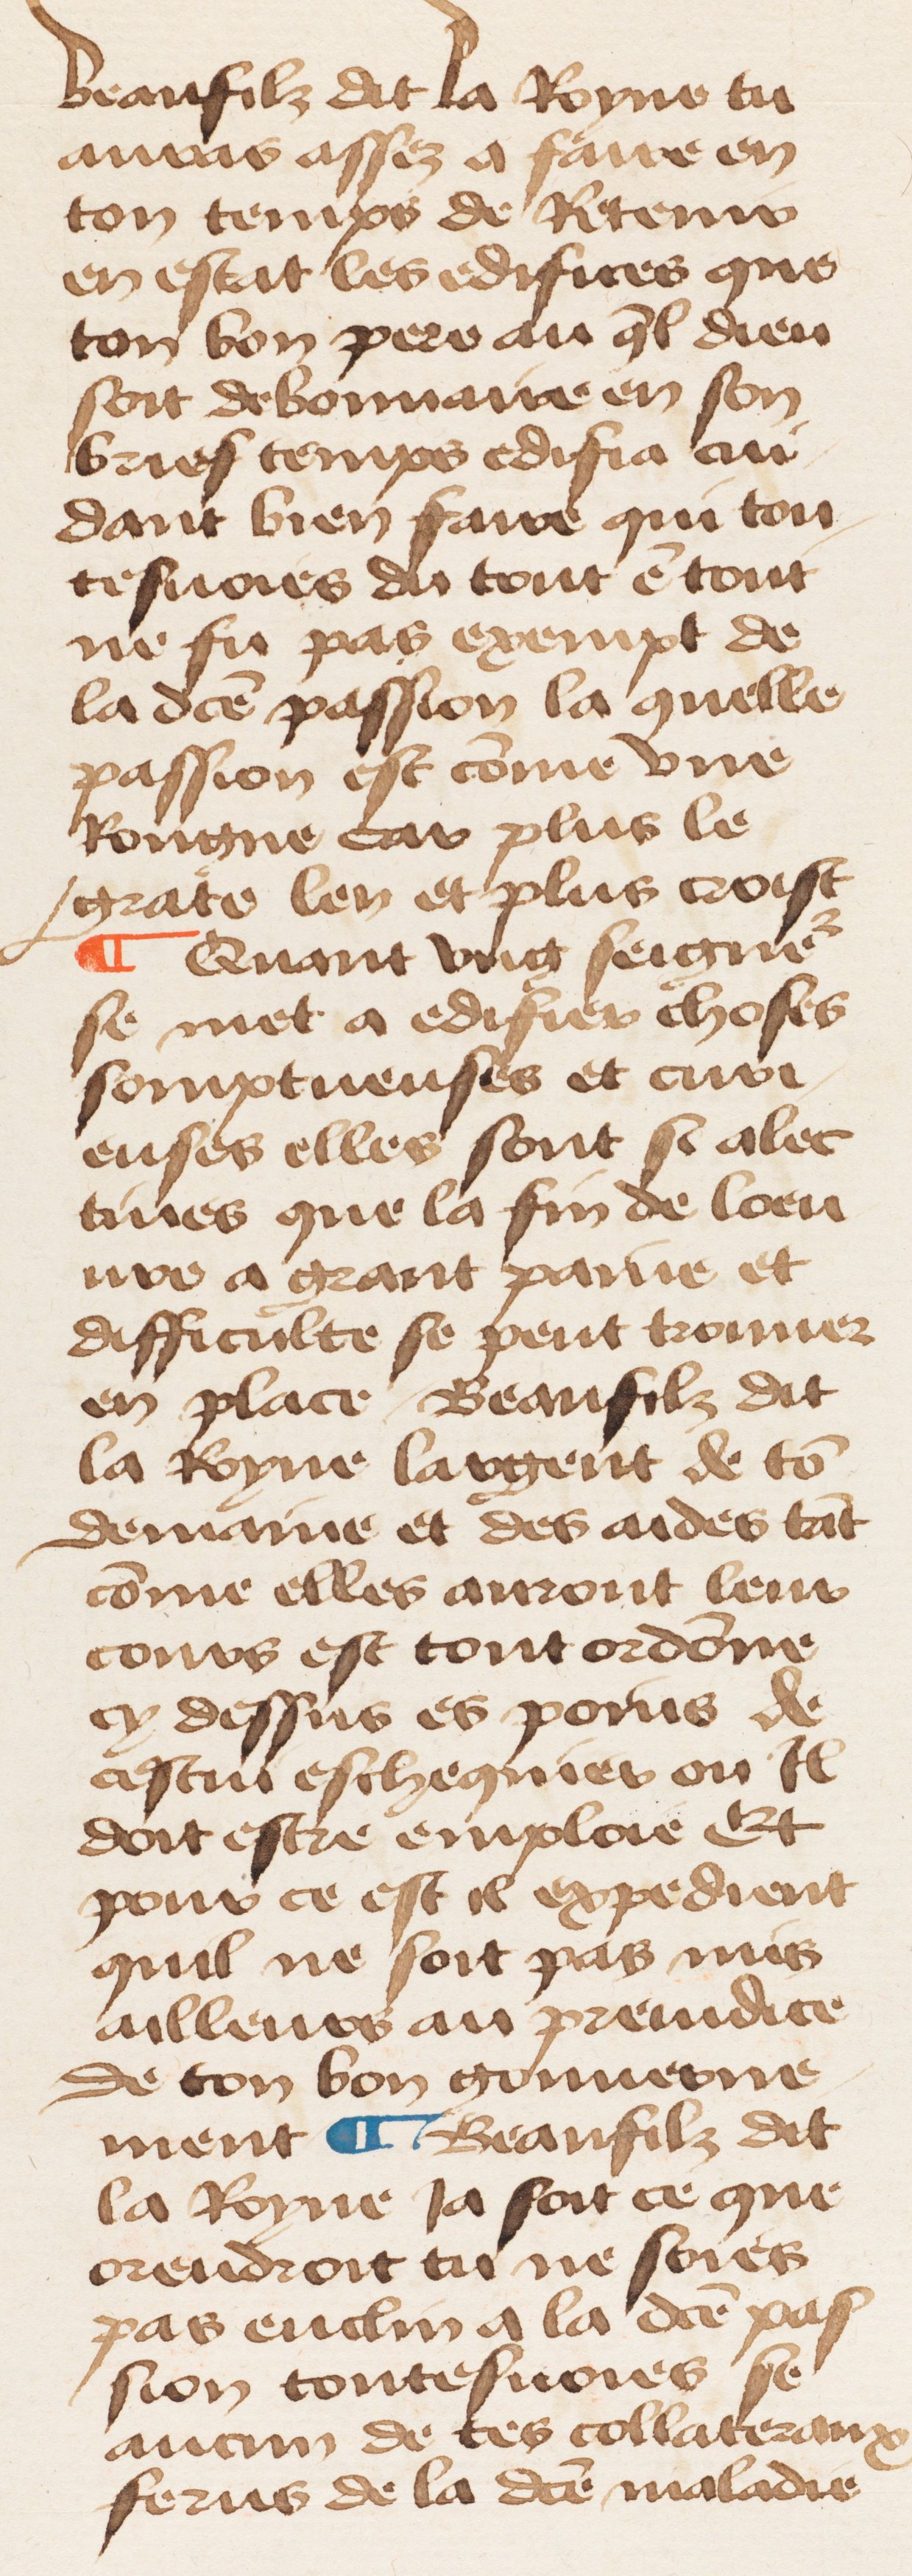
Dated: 1460–1470